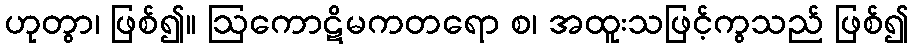
ဟုတွာ၊ ဖြစ်၍။ ဩကောဋိမကတရော စ၊ အထူးသဖြင့်ကွသည် ဖြစ်၍